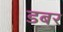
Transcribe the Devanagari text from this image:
डबर